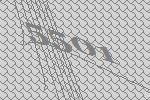
5501